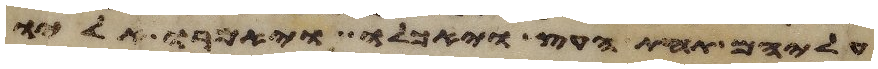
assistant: עליהם תחת העץ ויאכלו ויאמרו אליו